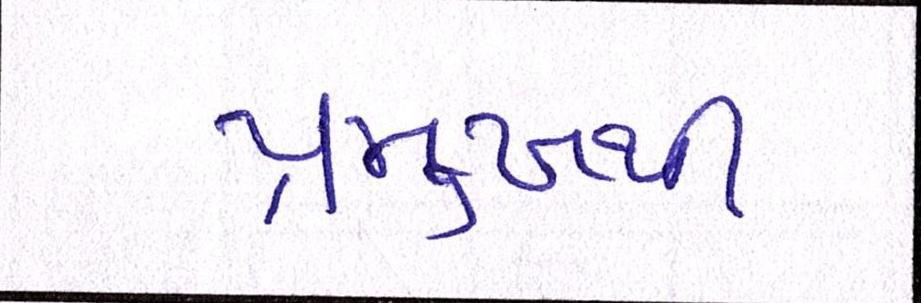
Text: પ્રમુખથી